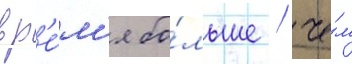
вр'е́м'я бо́льше / че́м